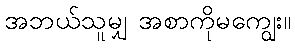
အဘယ်သူမျှ အစာကိုမကျွေး။